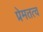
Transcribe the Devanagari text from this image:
प्रेमतत्व